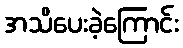
အသိပေးခဲ့ကြောင်း